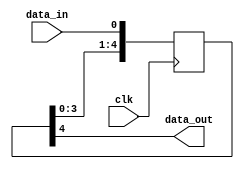
//
// Copyright (c) 2015 University of Cambridge
// All rights reserved.
//
// This software was developed by
// Stanford University and the University of Cambridge Computer Laboratory
// under National Science Foundation under Grant No. CNS-0855268,
// the University of Cambridge Computer Laboratory under EPSRC INTERNET Project EP/H040536/1 and
// by the University of Cambridge Computer Laboratory under DARPA/AFRL contract FA8750-11-C-0249 ("MRC2"), 
// as part of the DARPA MRC research programme.
//
// @NETFPGA_LICENSE_HEADER_START@
//
// Licensed under the Apache License, Version 2.0 (the "License");
// you may not use this file except in compliance with the License.
// You may obtain a copy of the License at
//
//  http://www.apache.org/licenses/LICENSE-2.0
//
// Unless required by applicable law or agreed to in writing, software
// distributed under the License is distributed on an "AS IS" BASIS,
// WITHOUT WARRANTIES OR CONDITIONS OF ANY KIND, either express or implied.
// See the License for the specific language governing permissions and
// limitations under the License.
//
// @NETFPGA_LICENSE_HEADER_END@

`timescale 1ps / 1ps

(* dont_touch = "yes" *)
module data_sync_block #(
  parameter   C_NUM_SYNC_REGS = 5
  )
  (
    input   wire  clk,
    input   wire  data_in,
    output  wire  data_out
  );
  
(* shreg_extract = "no", ASYNC_REG = "TRUE" *) reg  [C_NUM_SYNC_REGS-1:0]    sync1_r = {C_NUM_SYNC_REGS{1'b1}};

  //----------------------------------------------------------------------------
  // Synchronizer
  //----------------------------------------------------------------------------
  always @(posedge clk) begin
    sync1_r <= {sync1_r[C_NUM_SYNC_REGS-2:0], data_in};
  end    
  
  assign data_out = sync1_r[C_NUM_SYNC_REGS-1];
endmodule